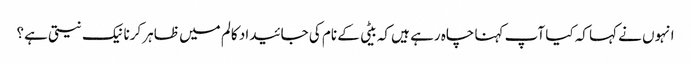
انہوں نے کہا کہ کیا آپ کہنا چاہ رہے ہیں کہ بیٹی کے نام کی جائیداد کالم میں ظاہر کرنا نیک نیتی ہے؟